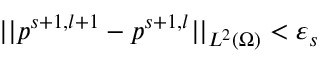
| | p ^ { s + 1 , l + 1 } - p ^ { s + 1 , l } | | _ { L ^ { 2 } ( \Omega ) } < \varepsilon _ { s }